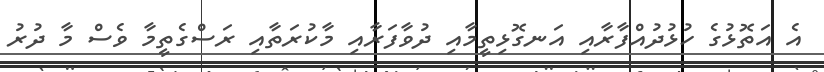
އެ އަތޮޅުގެ ހުޅުދުއްފާރާއި އަނގޮޅިތީމާއި ދުވާފަރާއި މާކުރަތާއި ރަސްގެތީމާ ވެސް މާ ދުރު